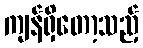
ကျန်ရှိတော့သည့်